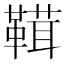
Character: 䩸